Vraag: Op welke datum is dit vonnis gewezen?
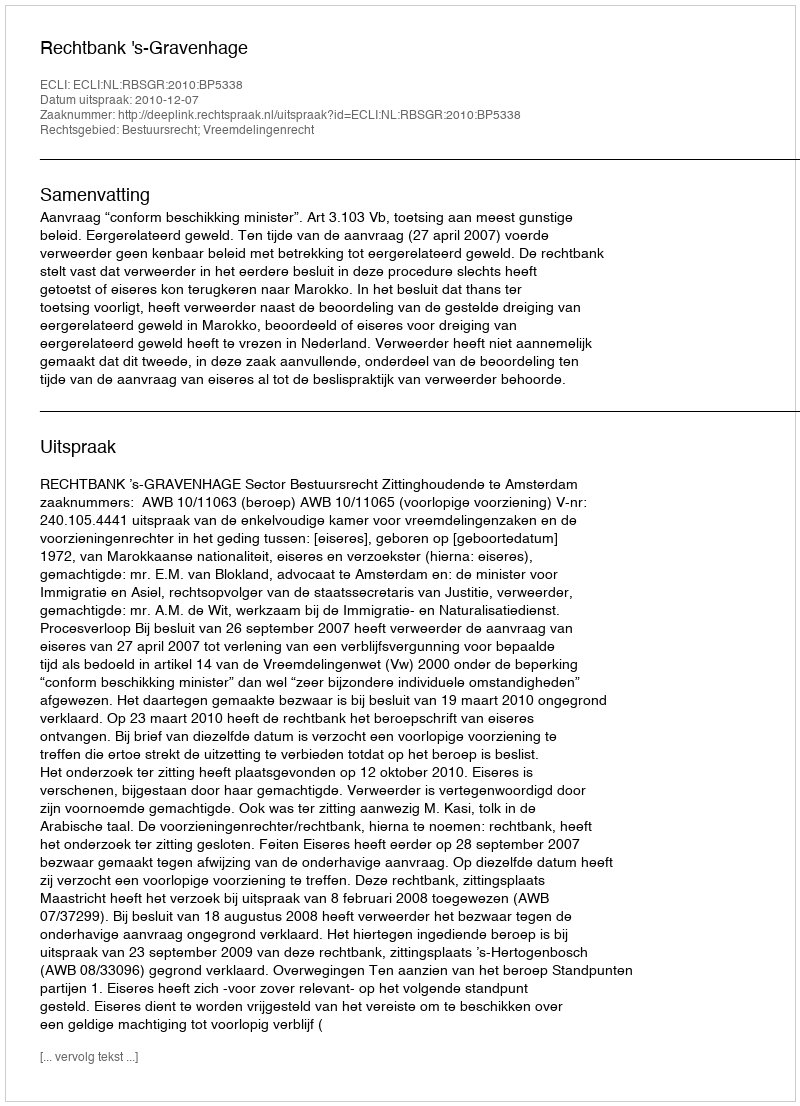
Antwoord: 2010-12-07